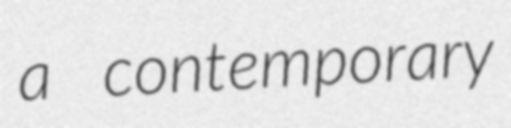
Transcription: a contemporary